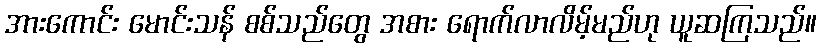
အားကောင်း မောင်းသန် စစ်သည်တွေ အစား ရောက်လာလိမ့်မည်ဟု ယူဆကြသည်။